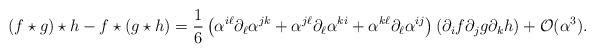
\begin{align*}\left( f \star g \right) \star h - f \star \left( g \star h \right) = \frac{1}{6} \left( \alpha^{i\ell} \partial_{\ell} \alpha^{jk} + \alpha^{j\ell}\partial_{\ell} \alpha^{ki} + \alpha^{k\ell} \partial_{\ell} \alpha^{ij}\right) \left( \partial_{i} f \partial_{j} g \partial_{k} h \right) + \mathcal{O}(\alpha^{3}).\end{align*}